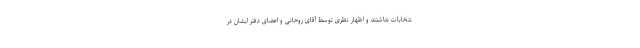
نتخابات نداشتند و اظهار نظری توسط آقای روحانی و اعضای دفتر ایشان در